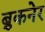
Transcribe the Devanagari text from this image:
ब्रुकनेर